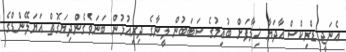
އެނަޖީ ޑްރިކްސް އާދަޔާ ޚިލާފަށް ބުއިމުގެ ސަބަބުން ލީނާގެ ދިރިއުޅުން ބަނަވެގެންދިޔަގޮތް އަޔަލޭންޑްގެ